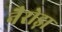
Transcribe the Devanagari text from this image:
नैरोड़ा